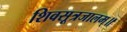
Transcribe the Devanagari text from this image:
शिवसूत्रजालम्॥